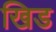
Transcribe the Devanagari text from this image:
खिड